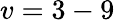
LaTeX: v=3-9